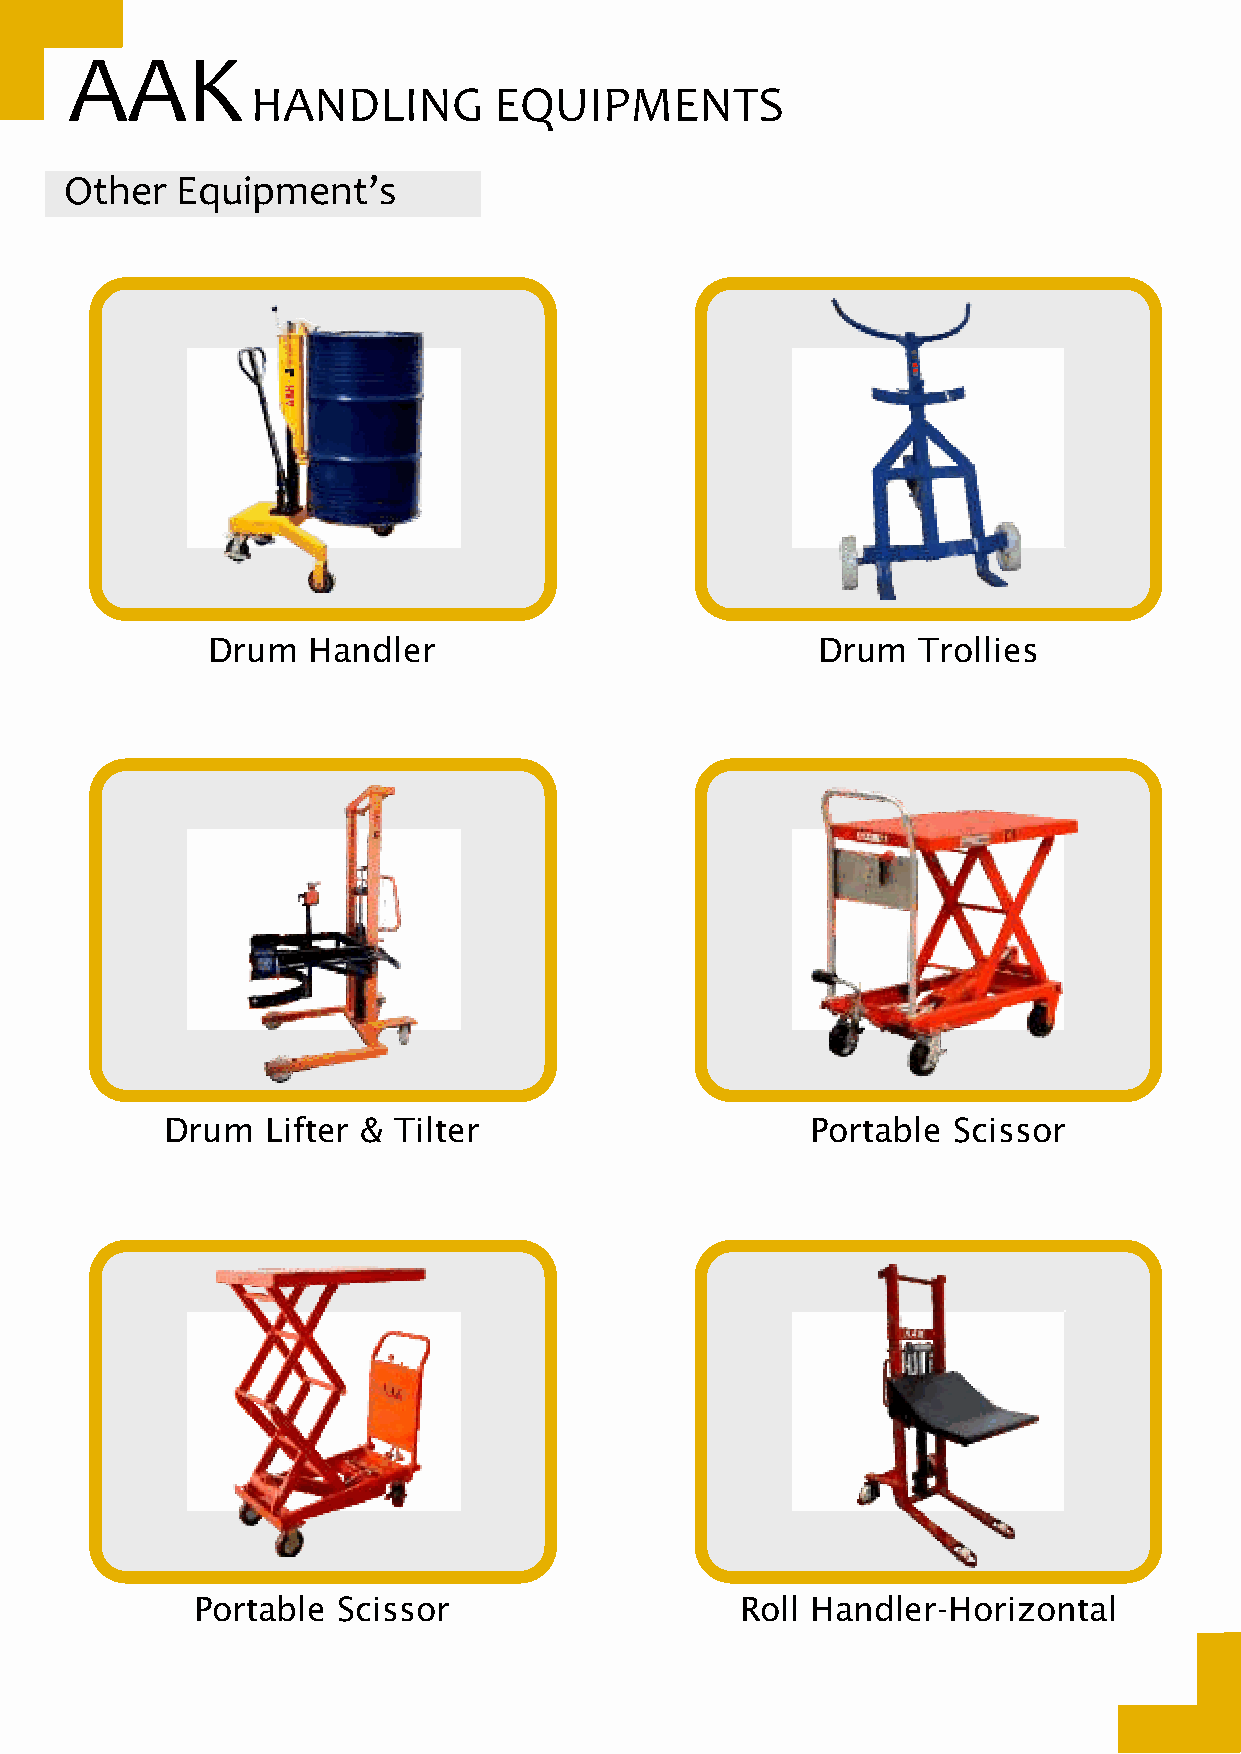
AAK
 HANDLING        EQUIPMENTS
 Other   Equipment’s
 Drum  Handler                           Drum   Trollies
 Drum   Lifter & Tilter                     Portable Scissor
 Portable Scissor                    Roll Handler-Horizontal